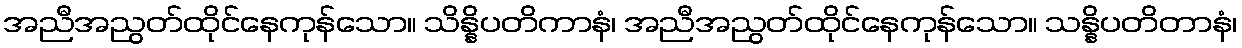
အညီအညွတ်ထိုင်နေကုန်သော။ သိန္နိပတိကာနံ၊ အညီအညွတ်ထိုင်နေကုန်သော။ သန္နိပတိတာနံ၊